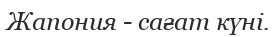
Жапония - сағат күні.